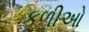
કળીઓ